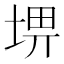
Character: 𡌸